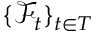
\{ { \mathcal { F } } _ { t } \} _ { t \in T }